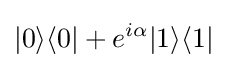
|0\rangle \langle 0|+e^{i\alpha }|1\rangle \langle 1|